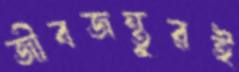
জীবজন্তুরই